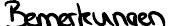
Bemerkungen